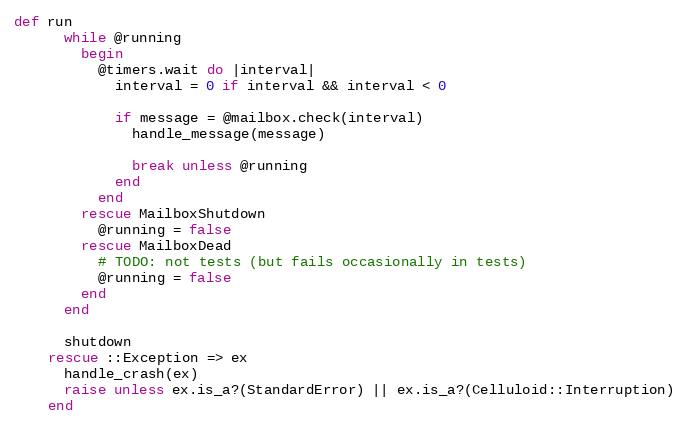
Language: Ruby
def run
      while @running
        begin
          @timers.wait do |interval|
            interval = 0 if interval && interval < 0

            if message = @mailbox.check(interval)
              handle_message(message)

              break unless @running
            end
          end
        rescue MailboxShutdown
          @running = false
        rescue MailboxDead
          # TODO: not tests (but fails occasionally in tests)
          @running = false
        end
      end

      shutdown
    rescue ::Exception => ex
      handle_crash(ex)
      raise unless ex.is_a?(StandardError) || ex.is_a?(Celluloid::Interruption)
    end